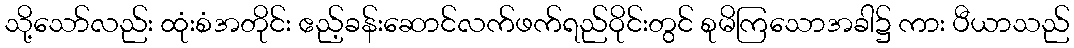
သို့သော်လည်း ထုံးစံအတိုင်း ဧည့်ခန်းဆောင်လက်ဖက်ရည်ဝိုင်းတွင် စုမိကြသောအခါ၌ ကား ပီယာသည်